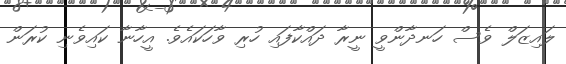
ލައިޒަލް ވެސް ހަނދާންވީ ނީރާ ދައްކާފައި ހުރި ވާހަކައެވެ. އީހާނާ ކައިވެނި ކުރަން